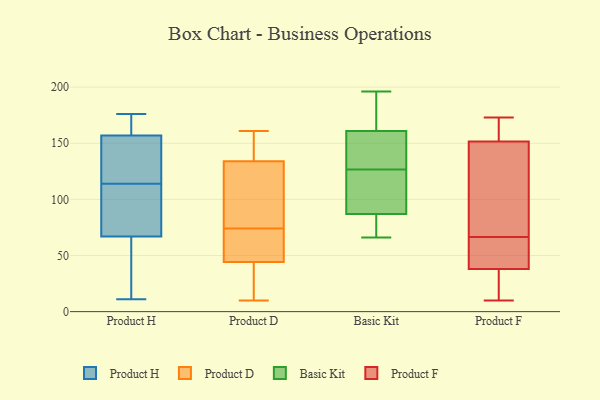
{"axis": {"x": "Gross Profit (USD K)", "y": "Value"}, "legend": ["Basic Kit", "Product D", "Product F", "Product H"], "data": [{"x": "", "y": 84, "type": "Product H"}, {"x": "", "y": 11, "type": "Product H"}, {"x": "", "y": 166, "type": "Product H"}, {"x": "", "y": 120, "type": "Product H"}, {"x": "", "y": 162, "type": "Product H"}, {"x": "", "y": 152, "type": "Product H"}, {"x": "", "y": 176, "type": "Product H"}, {"x": "", "y": 139, "type": "Product H"}, {"x": "", "y": 66, "type": "Product H"}, {"x": "", "y": 68, "type": "Product H"}, {"x": "", "y": 108, "type": "Product H"}, {"x": "", "y": 24, "type": "Product H"}, {"x": "", "y": 42, "type": "Product D"}, {"x": "", "y": 52, "type": "Product D"}, {"x": "", "y": 45, "type": "Product D"}, {"x": "", "y": 74, "type": "Product D"}, {"x": "", "y": 133, "type": "Product D"}, {"x": "", "y": 137, "type": "Product D"}, {"x": "", "y": 105, "type": "Product D"}, {"x": "", "y": 161, "type": "Product D"}, {"x": "", "y": 51, "type": "Product D"}, {"x": "", "y": 153, "type": "Product D"}, {"x": "", "y": 10, "type": "Product D"}, {"x": "", "y": 30, "type": "Product D"}, {"x": "", "y": 97, "type": "Product D"}, {"x": "", "y": 196, "type": "Basic Kit"}, {"x": "", "y": 87, "type": "Basic Kit"}, {"x": "", "y": 186, "type": "Basic Kit"}, {"x": "", "y": 88, "type": "Basic Kit"}, {"x": "", "y": 155, "type": "Basic Kit"}, {"x": "", "y": 177, "type": "Basic Kit"}, {"x": "", "y": 66, "type": "Basic Kit"}, {"x": "", "y": 80, "type": "Basic Kit"}, {"x": "", "y": 161, "type": "Basic Kit"}, {"x": "", "y": 133, "type": "Basic Kit"}, {"x": "", "y": 120, "type": "Basic Kit"}, {"x": "", "y": 118, "type": "Basic Kit"}, {"x": "", "y": 72, "type": "Basic Kit"}, {"x": "", "y": 138, "type": "Basic Kit"}, {"x": "", "y": 170, "type": "Product F"}, {"x": "", "y": 168, "type": "Product F"}, {"x": "", "y": 141, "type": "Product F"}, {"x": "", "y": 10, "type": "Product F"}, {"x": "", "y": 151, "type": "Product F"}, {"x": "", "y": 173, "type": "Product F"}, {"x": "", "y": 37, "type": "Product F"}, {"x": "", "y": 39, "type": "Product F"}, {"x": "", "y": 73, "type": "Product F"}, {"x": "", "y": 123, "type": "Product F"}, {"x": "", "y": 167, "type": "Product F"}, {"x": "", "y": 19, "type": "Product F"}, {"x": "", "y": 56, "type": "Product F"}, {"x": "", "y": 39, "type": "Product F"}, {"x": "", "y": 128, "type": "Product F"}, {"x": "", "y": 48, "type": "Product F"}, {"x": "", "y": 31, "type": "Product F"}, {"x": "", "y": 152, "type": "Product F"}, {"x": "", "y": 60, "type": "Product F"}, {"x": "", "y": 28, "type": "Product F"}]}